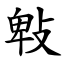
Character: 㪏